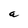
Character: a